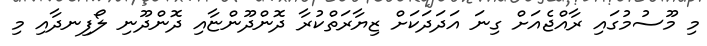
މި މޫސުމުގައި ރާއްޖެއަށް ގިނަ އަދަދަކަށް ޒިޔާރަތްކުރާ ދޮންދޫންޏާއި ދޮންދޫނި ލޯފިނދާއި މި